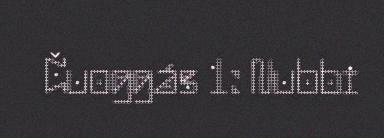
Čuoggás 1: Nubbi